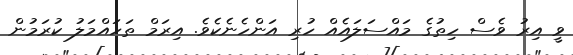
ވީ އިރު ވެސް ހިތުގެ މައްސަލައެއް ހުރި އަންހެނެކެވެ. އިރަމް ތަހައްމަލު ކުރަމުން